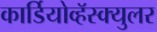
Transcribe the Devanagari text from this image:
कार्डियोव्हॅस्क्युलर